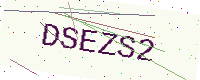
Text: DSEZS2